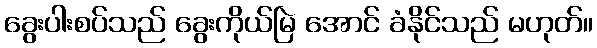
ခွေးပါးစပ်သည် ခွေးကိုယ်မြဲ အောင် ခံနိုင်သည် မဟုတ်။